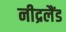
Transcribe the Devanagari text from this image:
नीद्रलैंड